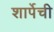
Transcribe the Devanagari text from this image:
शार्पेची